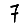
Digit: 7